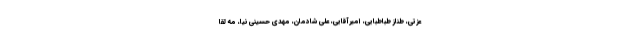
عزتی، طناز طباطبایی، امیرآقایی، علی شادمان، مهدی حسینی نیا، مه لقا